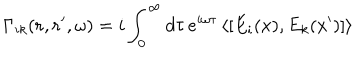
\Gamma _ { i k } ( { \bf r } , { \bf r ^ { \prime } } , \omega ) = i \int _ { 0 } ^ { \infty } d \tau \, e ^ { i \omega \tau } \, \langle [ E _ { i } ( x ) , E _ { k } ( x ^ { \prime } ) ] \rangle